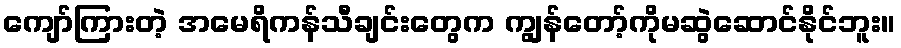
ကျော်ကြားတဲ့ အမေရိကန်သီချင်းတွေက ကျွန်တော့်ကိုမဆွဲဆောင်နိုင်ဘူး။